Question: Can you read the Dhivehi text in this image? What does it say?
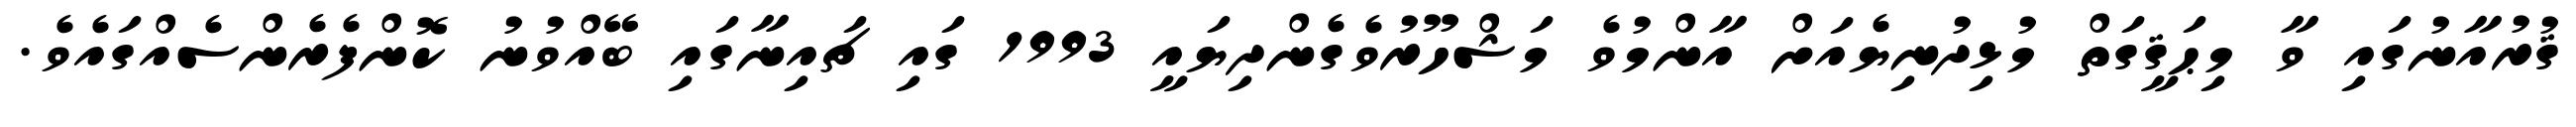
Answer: ޤުރުއާނުގައި ވާ މިޙަޤީގަތް މުޅިދުނިޔެއަށް އާންމުވެ މަޝްހޫރުވެގެންދިޔައީ 1993 ގައި ޗައިނާގައި ބޭއްވުނު ކޮންފެރެންސެއްގައެވެ.